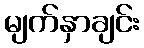
မျက်နှာချင်း